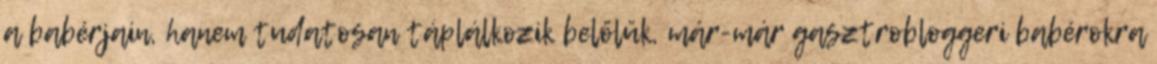
a babérjain, hanem tudatosan táplálkozik belőlük, már-már gasztrobloggeri babérokra